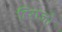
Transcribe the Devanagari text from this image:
हिराजो